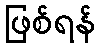
ဖြစ်ရန်